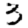
Digit: 3